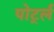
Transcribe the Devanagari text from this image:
पोर्ट्ल